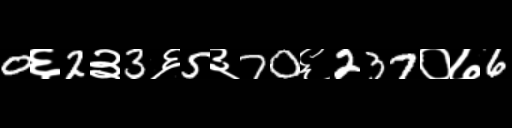
Text: 0६2३3६5३70६237०७6